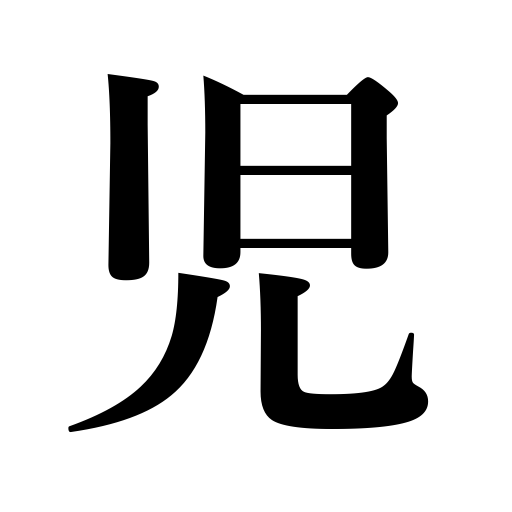
Meanings: child